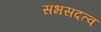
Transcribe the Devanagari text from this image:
सभसदत्व